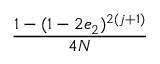
\displaystyle \frac { 1 - ( 1 - 2 e _ { 2 } ) ^ { 2 ( j + 1 ) } } { 4 N }